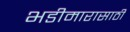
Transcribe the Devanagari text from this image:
भडीमारासाठी